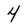
Character: 4